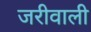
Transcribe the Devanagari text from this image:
जरीवाली